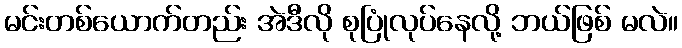
မင်းတစ်ယောက်တည်း အဲဒီလို စုပြုံလုပ်နေလို့ ဘယ်ဖြစ် မလဲ။